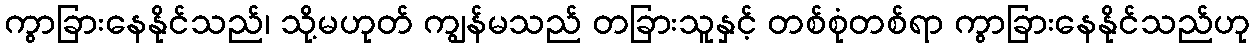
ကွာခြားနေနိုင်သည်၊ သို့မဟုတ် ကျွန်မသည် တခြားသူနှင့် တစ်စုံတစ်ရာ ကွာခြားနေနိုင်သည်ဟု